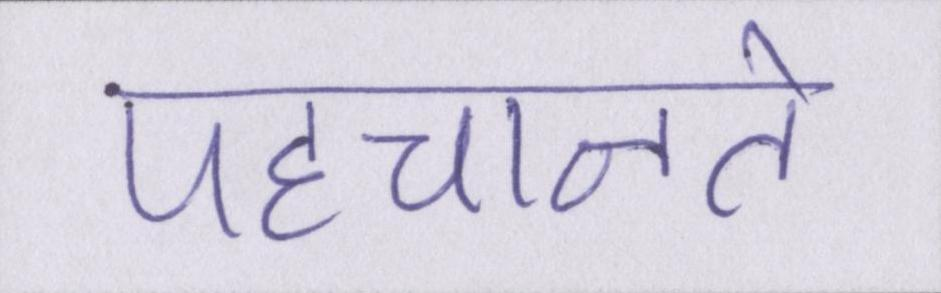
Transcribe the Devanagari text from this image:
पहचानते